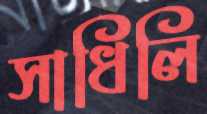
সাধিলি